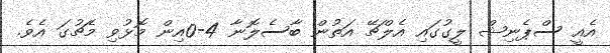
އެއީ ސްޕެނިޝް ލީގުގައި އެލްޗޭ އަތުން ބާސެލޮނާ 4-0އިން މޮޅުވި މެޗުގަ އެވެ.